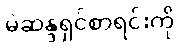
မဲဆန္ဒရှင်စာရင်းကို